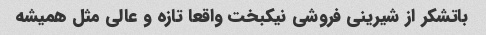
باتشکر از شیرینی فروشی نیکبخت واقعا تازه و عالی مثل همیشه